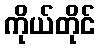
ကိုယ်တိုင်